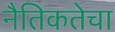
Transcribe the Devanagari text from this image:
नैतिकतेचा